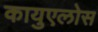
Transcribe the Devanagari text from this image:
कायुएलोस